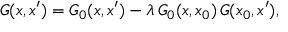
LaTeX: { \cal G } ( x , x ^ { \prime } ) = { \cal G } _ { 0 } ( x , x ^ { \prime } ) - \lambda \, { \cal G } _ { 0 } ( x , x _ { 0 } ) \, { \cal G } ( x _ { 0 } , x ^ { \prime } ) ,